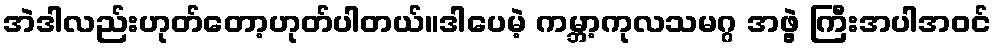
အဲဒါလည်းဟုတ်တော့ဟုတ်ပါတယ်။ဒါပေမဲ့ ကမ္ဘာ့ကုလသမဂ္ဂ အဖွဲ့ ကြီးအပါအဝင်